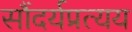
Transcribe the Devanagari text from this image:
सौंदर्यप्रत्यय